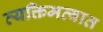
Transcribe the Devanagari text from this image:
व्यक्तिमत्वात